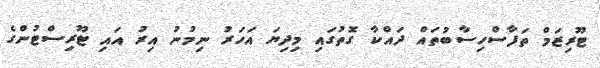
ޓޫރިޒަމް ތަފާސްހިސާބުތައް ދައްކާ ގޮތުގައި މިދިޔަ އަހަރު ނިމުނު އިރު އައި ޓޫރިސްޓުންގެ